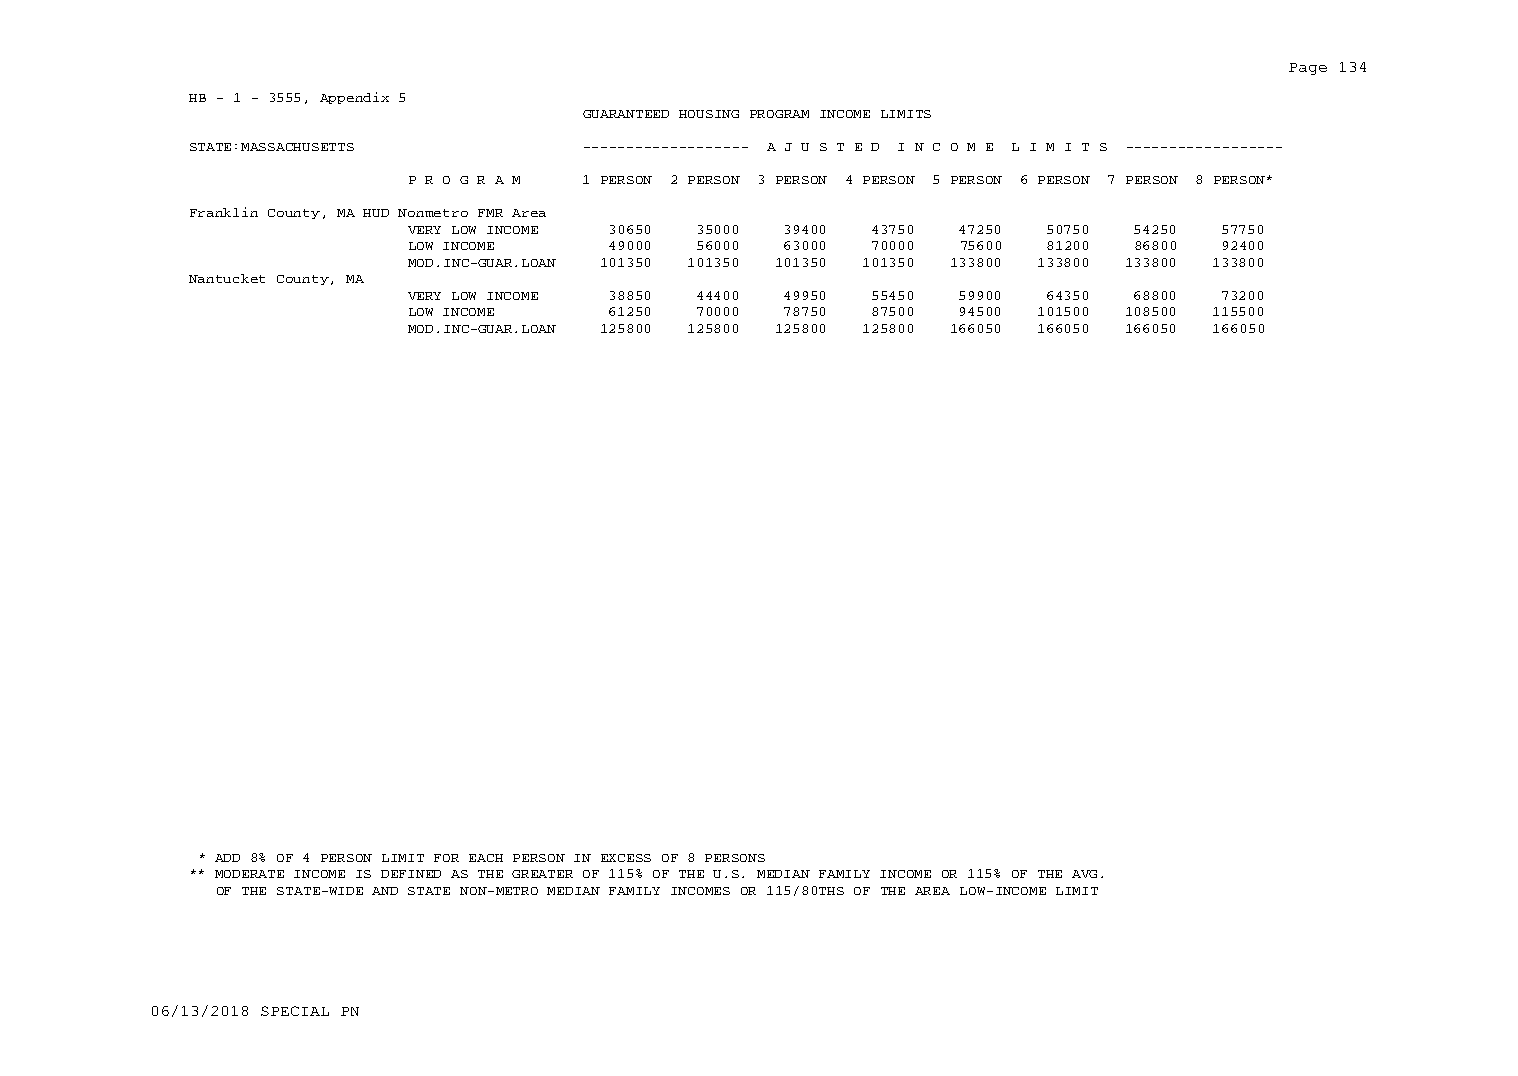
Page 134
 HB - 1 - 3555, Appendix 5
 GUARANTEED HOUSING PROGRAM INCOME LIMITS
 STATE:MASSACHUSETTS       ------------------- A J U S T E D I N C O M E L I M I T S ------------------
 P R O G R A M 1 PERSON 2 PERSON 3 PERSON 4 PERSON 5 PERSON 6 PERSON 7 PERSON 8 PERSON*
 Franklin County, MA HUD Nonmetro FMR Area
 VERY LOW INCOME 30650 35000 39400 43750 47250 50750 54250 57750
 LOW INCOME    49000 56000 63000 70000 75600 81200 86800 92400
 MOD.INC-GUAR.LOAN 101350 101350 101350 101350 133800 133800 133800 133800
 Nantucket County, MA
 VERY LOW INCOME 38850 44400 49950 55450 59900 64350 68800 73200
 LOW INCOME    61250 70000 78750 87500 94500 101500 108500 115500
 MOD.INC-GUAR.LOAN 125800 125800 125800 125800 166050 166050 166050 166050
 * ADD 8% OF 4 PERSON LIMIT FOR EACH PERSON IN EXCESS OF 8 PERSONS
 ** MODERATE INCOME IS DEFINED AS THE GREATER OF 115% OF THE U.S. MEDIAN FAMILY INCOME OR 115% OF THE AVG.
 OF THE STATE-WIDE AND STATE NON-METRO MEDIAN FAMILY INCOMES OR 115/80THS OF THE AREA LOW-INCOME LIMIT
 06/13/2018 SPECIAL PN